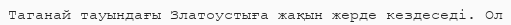
Таганай тауындағы Златоустыға жақын жерде кездеседі. Ол